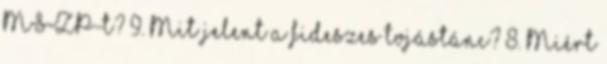
MSZP-t? 9. Mit jelent a fideszes tojástánc? 8. Miért